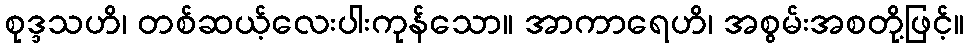
စုဒ္ဒသဟိ၊ တစ်ဆယ့်လေးပါးကုန်သော။ အာကာရေဟိ၊ အစွမ်းအစတို့ဖြင့်။